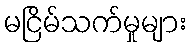
မငြိမ်သက်မှုများ